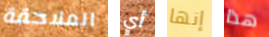
الملاحقة أي إنها هذا